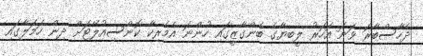
ދެހާސްބާރަ ވަނަ އަހަރު ލީބިޔާގެ ބެންގާޒީގައި ހުންނަ އެމެރިކާ ކޮންސިއުލޭޓަށް ދިން ހަމަލާގައި